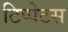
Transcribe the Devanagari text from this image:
टिप्‍पेट्स